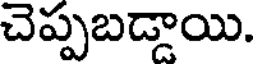
చెప్పబడ్డాయి.